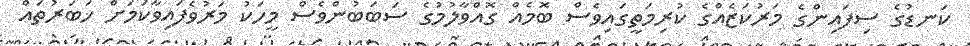
ކަނޑުގެ ސިފައިންގެ މަރުކަޒެއްގެ ކުރިމަތީގައިވެސް ބޮމެއް ގޮއްވާލުމުގެ ސަބަބުންވެސް މީހަކު މަރުވެފައިވާކަމަށް ޚަބަރުތައް